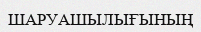
ШАРУАШЫЛЫҒЫНЫҢ